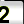
Digit: 2